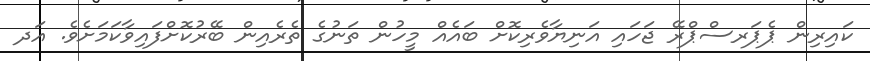
ކައިރިން ޕެޕަރސްޕްރޭ ޖަހައި އަނިޔާވެރިކޮށް ބައެއް މީހުން ތަނުގެ ތެރެއިން ބޭރުކޮށްފައިވާކަމަށެވެ. އަދ